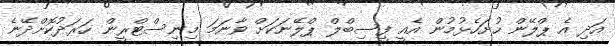
އަދި އެ ޕްލޭން ހުށަހެޅުމުން އެއީ ފީސިބްލް ޕްލޭނަކަށް ވާނަމަ މިނިސްޓްރީން ހަރަދުކޮށްދޭނެ